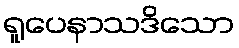
ရူပေနာသဒိသော